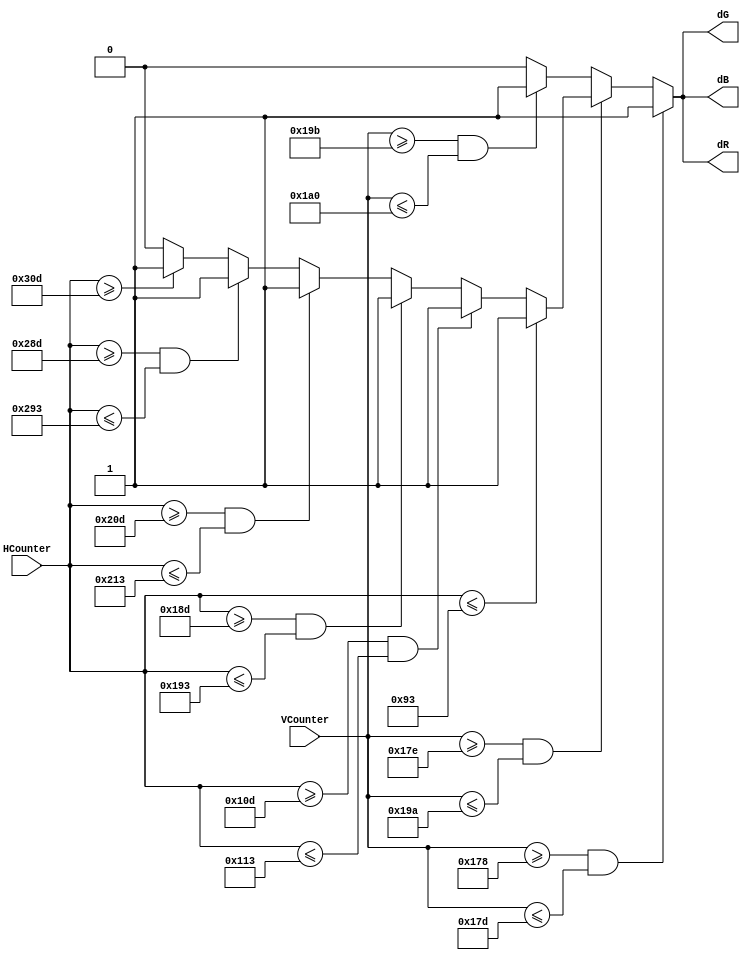
module DrawDefense(
input [9:0] HCounter,
input [9:0] VCounter,

output reg dR,
output reg dG,
output reg dB);

//Drawing the shape of the defense sysstem based on the position of the pixel, i.e VCounter and HCounter
always@(HCounter or VCounter) begin

	if(VCounter >= 376 && VCounter <= 381) begin
		dR <= 1; dG <= 1; dB <= 1;
	end else if(VCounter >= 382 && VCounter <= 410) begin
		if(HCounter <= 147) begin
			dR <= 1; dG <= 1; dB <= 1;
		end else if(HCounter >= 269 && HCounter <= 275) begin
			dR <= 1; dG <= 1; dB <= 1;
		end else if(HCounter >= 397 && HCounter <= 403) begin
			dR <= 1; dG <= 1; dB <= 1;
		end else if(HCounter >= 525 && HCounter <= 531) begin
			dR <= 1; dG <= 1; dB <= 1;
		end else if(HCounter >= 653 && HCounter <= 659) begin
			dR <= 1; dG <= 1; dB <= 1;
		end else if(HCounter >= 781) begin
			dR <= 1; dG <= 1; dB <= 1;
		end
		else begin
			dR <= 0; dG <= 0; dB <= 0;
		end
	end else if(VCounter >= 411 && VCounter <= 416) begin
		dR <= 1; dG <= 1; dB <= 1;
	end else begin
		dR <= 0; dG <= 0; dB <= 0;
	end

end


endmodule